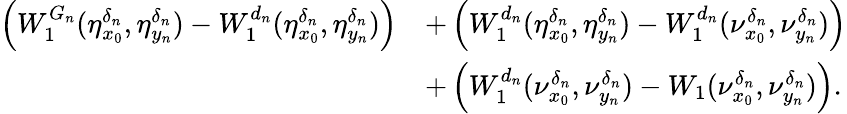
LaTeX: \begin{array}{rl}{\left(W_{1}^{G_{n}}(\eta_{x_{0}}^{\delta_{n}},\eta_{y_{n}}^{\delta_{n}})-W_{1}^{d_{n}}(\eta_{x_{0}}^{\delta_{n}},\eta_{y_{n}}^{\delta_{n}})\right)}&{+\left(W_{1}^{d_{n}}(\eta_{x_{0}}^{\delta_{n}},\eta_{y_{n}}^{\delta_{n}})-W_{1}^{d_{n}}(\nu_{x_{0}}^{\delta_{n}},\nu_{y_{n}}^{\delta_{n}})\right)}\\ &{+\left(W_{1}^{d_{n}}(\nu_{x_{0}}^{\delta_{n}},\nu_{y_{n}}^{\delta_{n}})-W_{1}(\nu_{x_{0}}^{\delta_{n}},\nu_{y_{n}}^{\delta_{n}})\right).}\end{array}